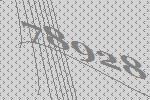
78928